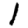
Digit: 1